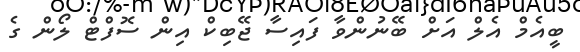
ބީއެމް އެލް އަށް ބޭނުންވާ ފައިސާ ޖޭބިކް އިން ސޮފްޓް ލޯން ގެ